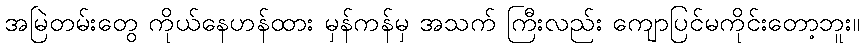
အမြဲတမ်းတွေ ကိုယ်နေဟန်ထား မှန်ကန်မှ အသက် ကြီးလည်း ကျောပြင်မကိုင်းတော့ဘူး။